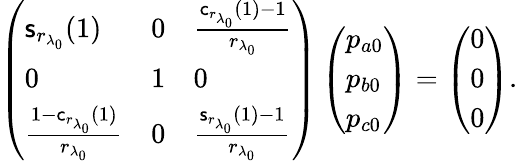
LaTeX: \left(\begin{array}{lll}{\mathsf{s}_{r_{\lambda_{0}}}(1)}&{0}&{\frac{\mathsf{c}_{r_{\lambda_{0}}}(1)-1}{{r_{\lambda_{0}}}}}\\ {0}&{1}&{0}\\ {\frac{1-\mathsf{c}_{r_{\lambda_{0}}}(1)}{{r_{\lambda_{0}}}}}&{0}&{\frac{\mathsf{s}_{r_{\lambda_{0}}}(1)-1}{{r_{\lambda_{0}}}}}\end{array}\right)\left(\begin{array}{l}{p_{a0}}\\ {p_{b0}}\\ {p_{c0}}\end{array}\right)=\left(\begin{array}{l}{0}\\ {0}\\ {0}\end{array}\right).